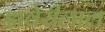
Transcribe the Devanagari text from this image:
झवेरीलाल